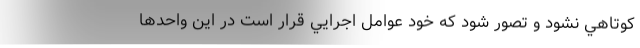
كوتاهي نشود و تصور شود كه خود عوامل اجرايي قرار است در اين واحدها